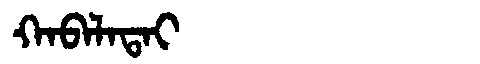
Manchu: ᡴᠠᠪᠠᠯᠠᡨᠠᡳ
Romanization: KABALATAI